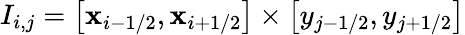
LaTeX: I_{i,j}=\left[\mathbf{x}_{i-1/2},\mathbf{x}_{i+1/2}\right]\times\left[y_{j-1/2},y_{j+1/2}\right]